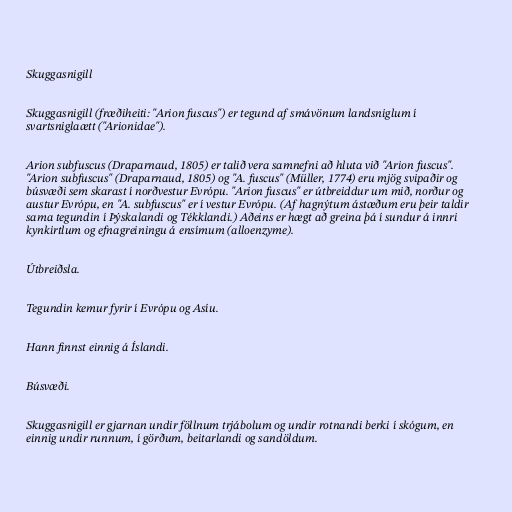
Skuggasnigill

Skuggasnigill (fræðiheiti: "Arion fuscus") er tegund af smávönum landsniglum í
svartsniglaætt ("Arionidae").

Arion subfuscus (Draparnaud, 1805) er talið vera samnefni að hluta við "Arion fuscus".
"Arion subfuscus" (Draparnaud, 1805) og "A. fuscus" (Müller, 1774) eru mjög svipaðir og
búsvæði sem skarast í norðvestur Evrópu. "Arion fuscus" er útbreiddur um mið, norður og
austur Evrópu, en "A. subfuscus" er í vestur Evrópu. (Af hagnýtum ástæðum eru þeir taldir
sama tegundin í Þýskalandi og Tékklandi.) Aðeins er hægt að greina þá í sundur á innri
kynkirtlum og efnagreiningu á ensímum (alloenzyme).

Útbreiðsla.

Tegundin kemur fyrir í Evrópu og Asíu.

Hann finnst einnig á Íslandi.

Búsvæði.

Skuggasnigill er gjarnan undir föllnum trjábolum og undir rotnandi berki í skógum, en
einnig undir runnum, í görðum, beitarlandi og sandöldum.